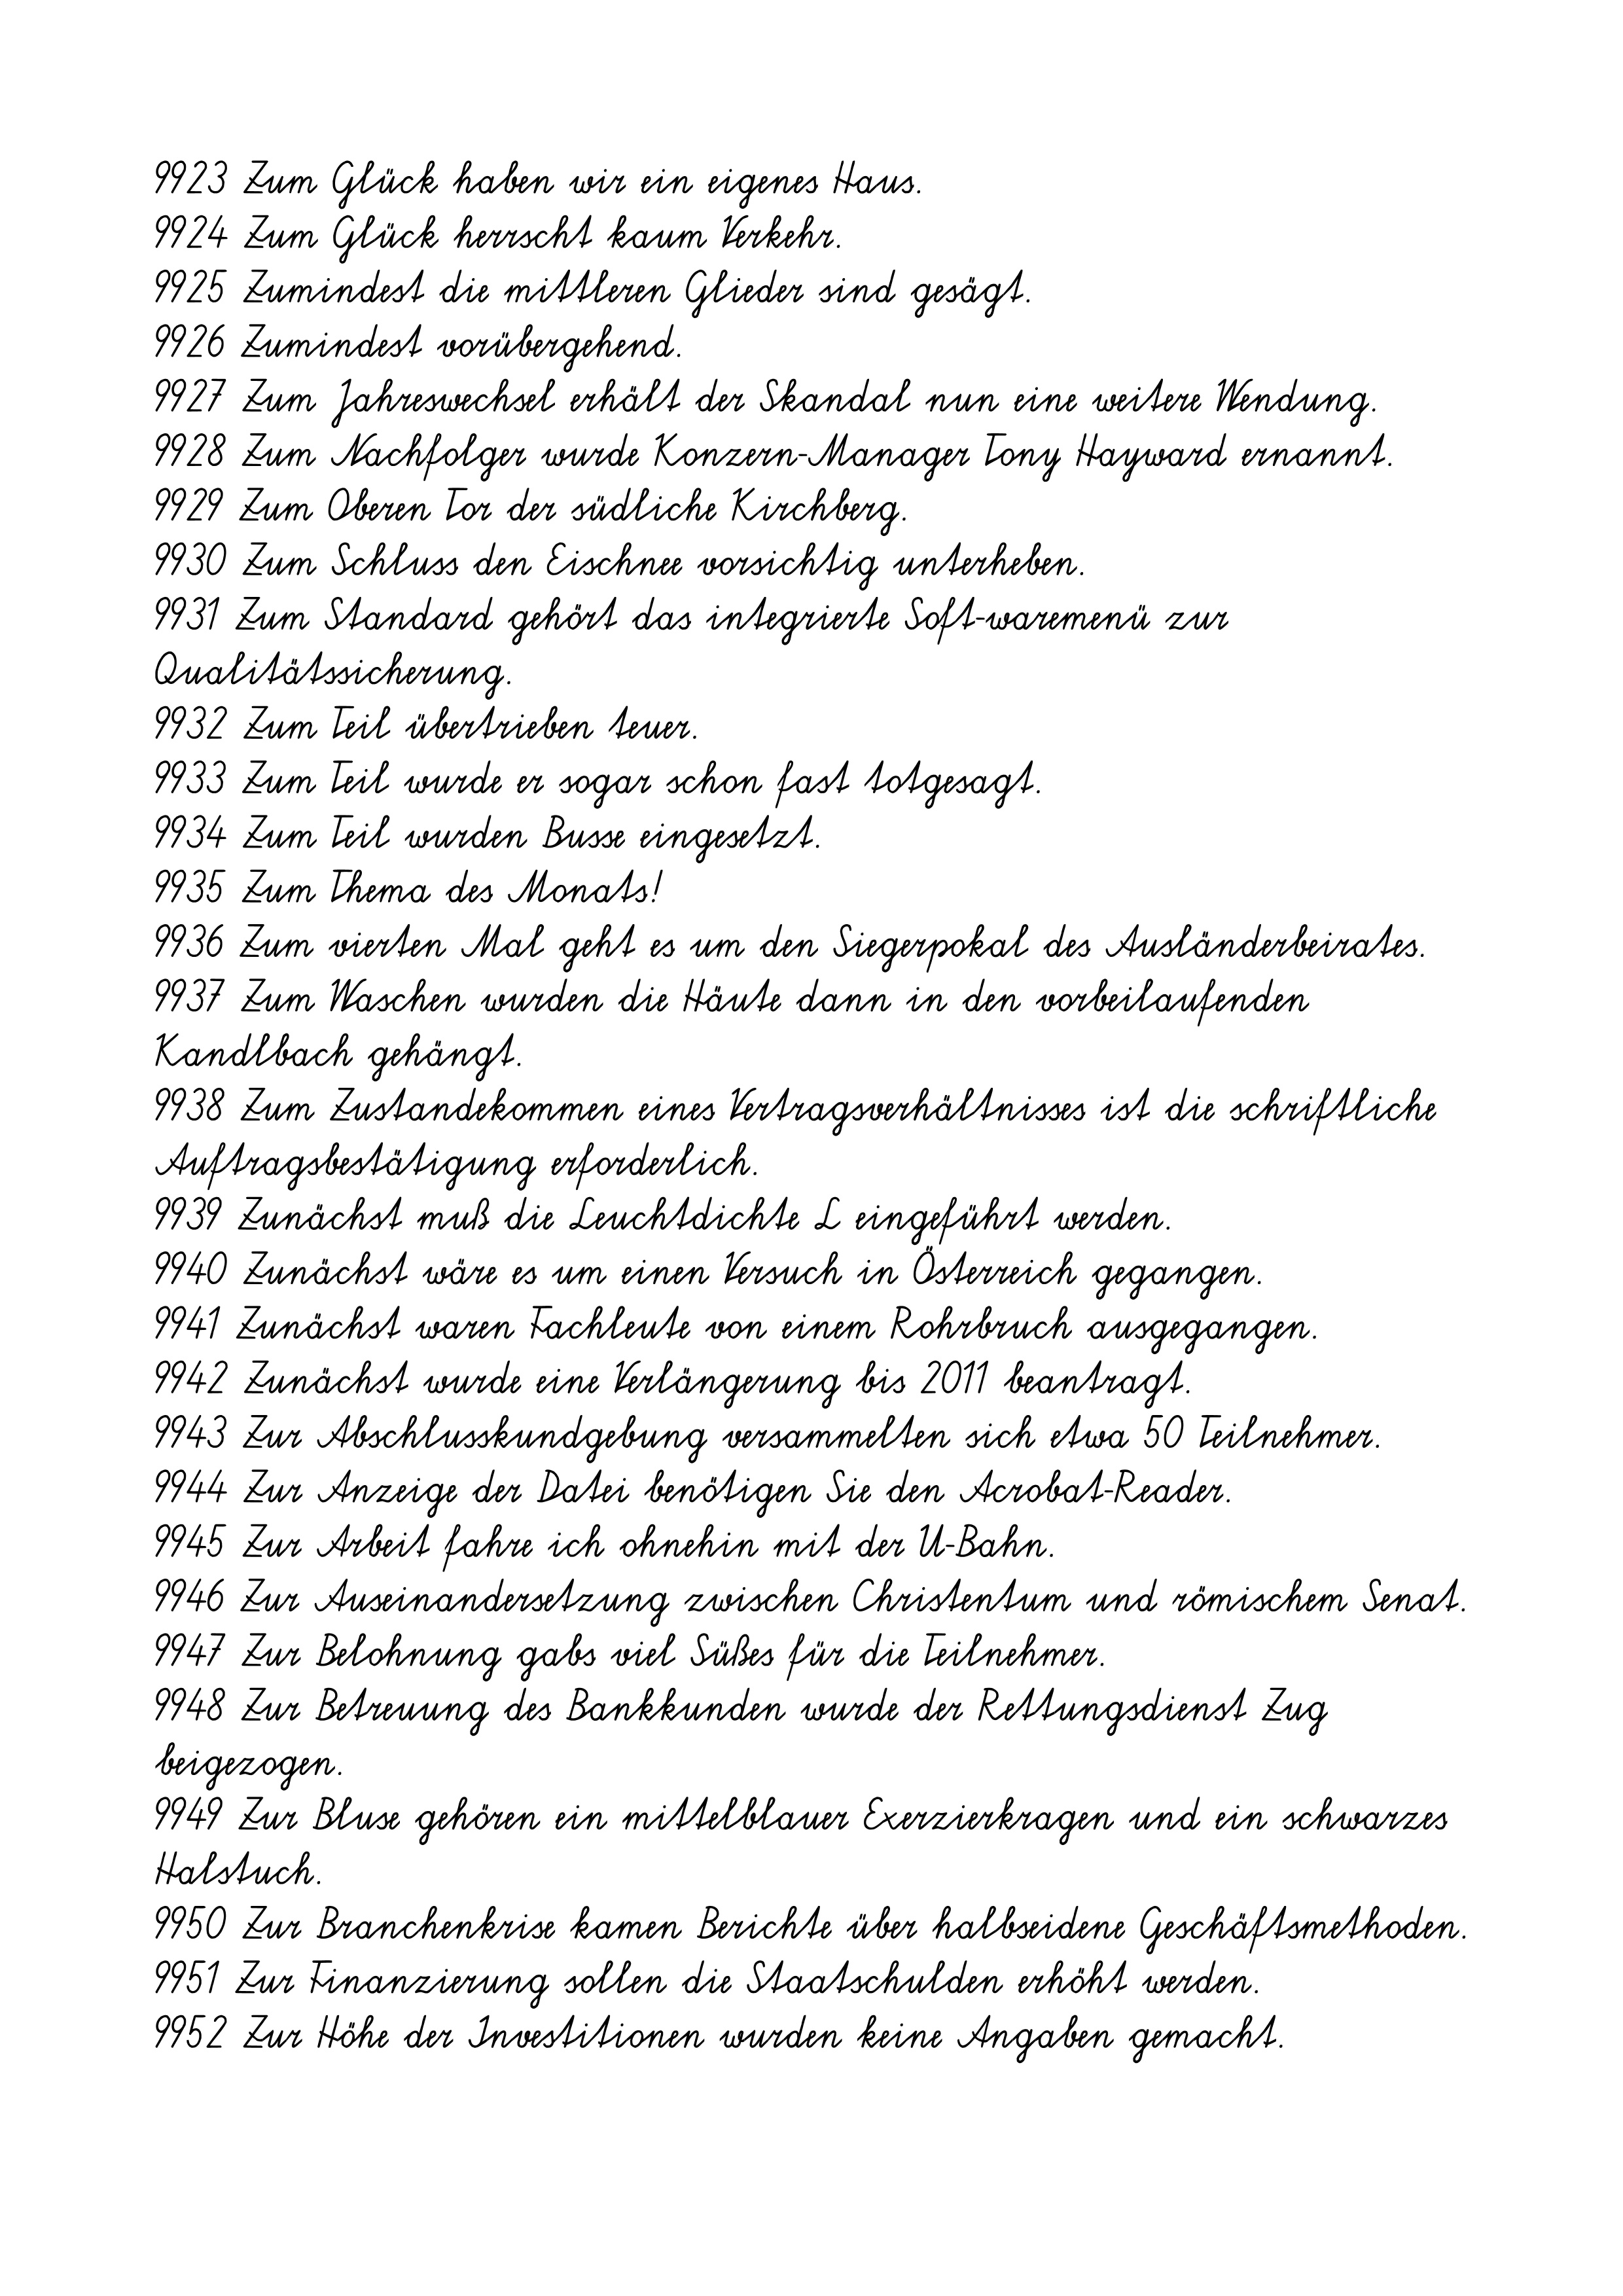
9923 Zum Glück haben wir ein eigenes Haus.
9924 Zum Glück herrscht kaum Verkehr.
9925 Zumindest die mittleren Glieder sind gesägt.
9926 Zumindest vorübergehend.
9927 Zum Jahreswechsel erhält der Skandal nun eine weitere Wendung.
9928 Zum Nachfolger wurde Konzern-Manager Tony Hayward ernannt.
9929 Zum Oberen Tor der südliche Kirchberg.
9930 Zum Schluss den Eischnee vorsichtig unterheben.
9931 Zum Standard gehört das integrierte Soft-waremenü zur
Qualitätssicherung.
9932 Zum Teil übertrieben teuer.
9933 Zum Teil wurde er sogar schon fast totgesagt.
9934 Zum Teil wurden Busse eingesetzt.
9935 Zum Thema des Monats!
9936 Zum vierten Mal geht es um den Siegerpokal des Ausländerbeirates.
9937 Zum Waschen wurden die Häute dann in den vorbeilaufenden
Kandlbach gehängt.
9938 Zum Zustandekommen eines Vertragsverhältnisses ist die schriftliche
Auftragsbestätigung erforderlich.
9939 Zunächst muß die Leuchtdichte L eingeführt werden.
9940 Zunächst wäre es um einen Versuch in Österreich gegangen.
9941 Zunächst waren Fachleute von einem Rohrbruch ausgegangen.
9942 Zunächst wurde eine Verlängerung bis 2011 beantragt.
9943 Zur Abschlusskundgebung versammelten sich etwa 50 Teilnehmer.
9944 Zur Anzeige der Datei benötigen Sie den Acrobat-Reader.
9945 Zur Arbeit fahre ich ohnehin mit der U-Bahn.
9946 Zur Auseinandersetzung zwischen Christentum und römischem Senat.
9947 Zur Belohnung gabs viel Süßes für die Teilnehmer.
9948 Zur Betreuung des Bankkunden wurde der Rettungsdienst Zug
beigezogen.
9949 Zur Bluse gehören ein mittelblauer Exerzierkragen und ein schwarzes
Halstuch.
9950 Zur Branchenkrise kamen Berichte über halbseidene Geschäftsmethoden.
9951 Zur Finanzierung sollen die Staatschulden erhöht werden.
9952 Zur Höhe der Investitionen wurden keine Angaben gemacht.